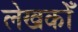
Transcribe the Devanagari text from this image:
लेखकोँ